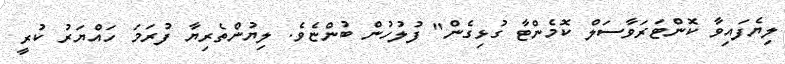
ލިޔެފައިވާ ކޮންޓަރަވާސަލް ކޮމެންޓާ ގުޅިގެން" ފުލުހުން ބުންޏެވެ. ލިޔުންތެރިޔާ ފުރަމަ ހައްޔަރު ކުރީ